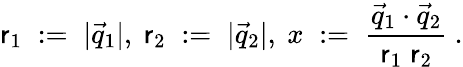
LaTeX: \mathsf{r}_{1}\; :=\; |\vec{{q}}_{1}|,\ \mathsf{r}_{2}\; :=\; |\vec{{q}}_{2}|,\ x\; :=\; \frac{{\vec{{q}}_{1}\cdot\vec{{q}}_{2}}}{{\mathsf{r}_{1}\; \mathsf{r}_{2}}}\ .